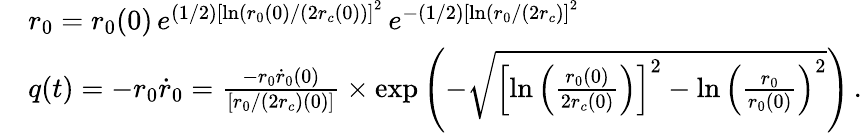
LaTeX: \begin{array}{rl}&{r_{0}=r_{0}(0)\, e^{\left(1/2\right)\left[\ln(r_{0}(0)/(2r_{c}(0))\right]^{2}}\, e^{-\left(1/2\right)\left[\ln(r_{0}/(2r_{c})\right]^{2}}}\\ &{q(t)=-r_{0}\dot{r}_{0}=\frac{-r_{0}\dot{r}_{0}(0)}{\left[r_{0}/\left(2r_{c}\right)(0)\right]}\times\exp\left(-\sqrt{\left[\ln\left(\frac{r_{0}(0)}{2r_{c}(0)}\right)\right]^{2}-\ln\left(\frac{r_{0}}{r_{0}(0)}\right)^{2}}\right)\, .}\end{array}